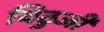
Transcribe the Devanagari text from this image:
विठुजी